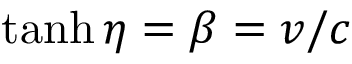
\operatorname { t a n h } \eta = \beta = v / c